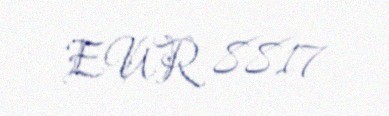
EUR 8817